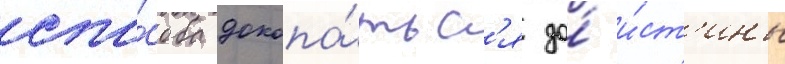
спо́соба докопа́тьс'я до́ и́ст'ины